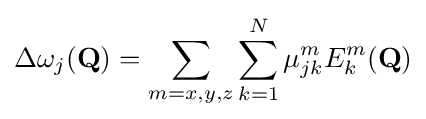
\Delta \omega _{j}({\mathbf {Q} })=\sum _{m=x,y,z}\sum _{k=1}^{N}\mu _{jk}^{m}E_{k}^{m}({\mathbf {Q} })